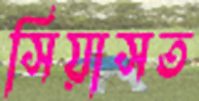
সিয়াসত